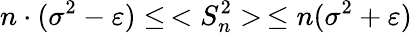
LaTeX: n\cdot(\sigma^{2}-\varepsilon)\leq\, <S_{n}^{2}>\, \leq n(\sigma^{2}+\varepsilon)